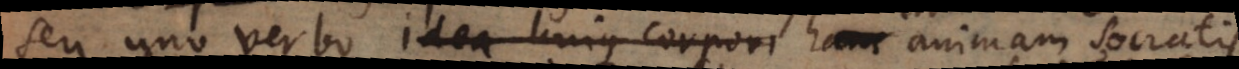
seu uno verbo idea hujus corpori hanc animam Socratis